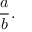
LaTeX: { \frac { a } { b } } .